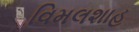
વિમલશાહ